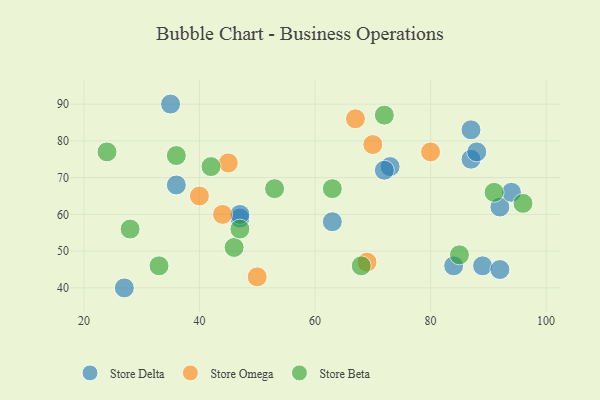
{"axis": {"x": "GDP", "y": "Life Expectancy"}, "legend": ["Store Beta", "Store Delta", "Store Omega"], "data": [{"x": "87", "y": 83, "type": "Store Delta"}, {"x": "92", "y": 62, "type": "Store Delta"}, {"x": "35", "y": 90, "type": "Store Delta"}, {"x": "47", "y": 59, "type": "Store Delta"}, {"x": "36", "y": 68, "type": "Store Delta"}, {"x": "73", "y": 73, "type": "Store Delta"}, {"x": "63", "y": 58, "type": "Store Delta"}, {"x": "27", "y": 40, "type": "Store Delta"}, {"x": "89", "y": 46, "type": "Store Delta"}, {"x": "92", "y": 45, "type": "Store Delta"}, {"x": "87", "y": 75, "type": "Store Delta"}, {"x": "94", "y": 66, "type": "Store Delta"}, {"x": "72", "y": 72, "type": "Store Delta"}, {"x": "84", "y": 46, "type": "Store Delta"}, {"x": "47", "y": 60, "type": "Store Delta"}, {"x": "88", "y": 77, "type": "Store Delta"}, {"x": "44", "y": 60, "type": "Store Omega"}, {"x": "70", "y": 79, "type": "Store Omega"}, {"x": "50", "y": 43, "type": "Store Omega"}, {"x": "67", "y": 86, "type": "Store Omega"}, {"x": "40", "y": 65, "type": "Store Omega"}, {"x": "45", "y": 74, "type": "Store Omega"}, {"x": "80", "y": 77, "type": "Store Omega"}, {"x": "69", "y": 47, "type": "Store Omega"}, {"x": "46", "y": 51, "type": "Store Beta"}, {"x": "85", "y": 49, "type": "Store Beta"}, {"x": "33", "y": 46, "type": "Store Beta"}, {"x": "24", "y": 77, "type": "Store Beta"}, {"x": "42", "y": 73, "type": "Store Beta"}, {"x": "28", "y": 56, "type": "Store Beta"}, {"x": "53", "y": 67, "type": "Store Beta"}, {"x": "63", "y": 67, "type": "Store Beta"}, {"x": "47", "y": 56, "type": "Store Beta"}, {"x": "96", "y": 63, "type": "Store Beta"}, {"x": "36", "y": 76, "type": "Store Beta"}, {"x": "68", "y": 46, "type": "Store Beta"}, {"x": "72", "y": 87, "type": "Store Beta"}, {"x": "91", "y": 66, "type": "Store Beta"}]}